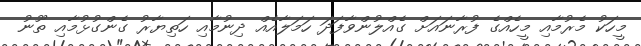
މީހަކު މެރުމާއި މީހެއްގެ ފުރާނައަށް ގެއްލުންވާފަދަ ހަމަލާއެއް ދިނުމާއި ހަތިޔާރު ގެންގުޅުމާއި ތޫނު